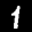
Label: 1